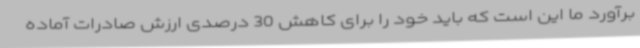
برآورد ما این است که باید خود را برای کاهش 30 درصدی ارزش صادرات آماده